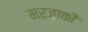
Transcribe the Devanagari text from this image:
मरज़ाकी